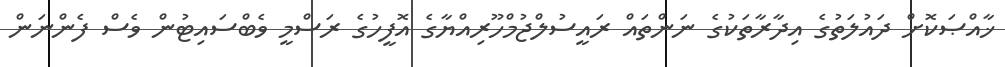
ޚާއްޞަކޮށް ދައުލަތުގެ އިދާރާތަކުގެ ނަންތައް ރައީސުލްޖުމްހޫރިއްޔާގެ އޮފީހުގެ ރަސްމީ ވެބްސައިޓުން ވެސް ފެންނަން